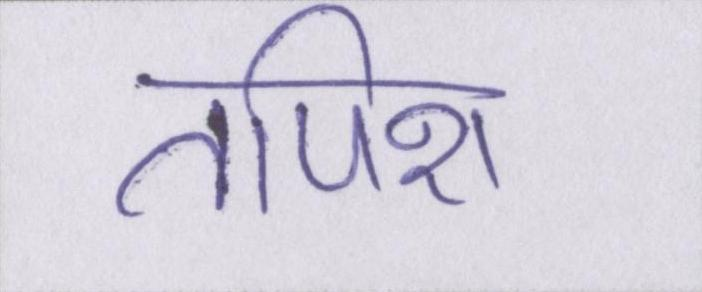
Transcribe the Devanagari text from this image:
तपिश